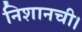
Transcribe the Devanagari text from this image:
निशानची।